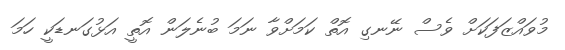
މުވައްޒަފަކަށް ވެސް ނޭނގި އޮތް ކަމަށްވާ ނަމަ ބުނެލަން އޮތީ އަޅުގަނޑަކީ ހަމަ